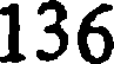
136